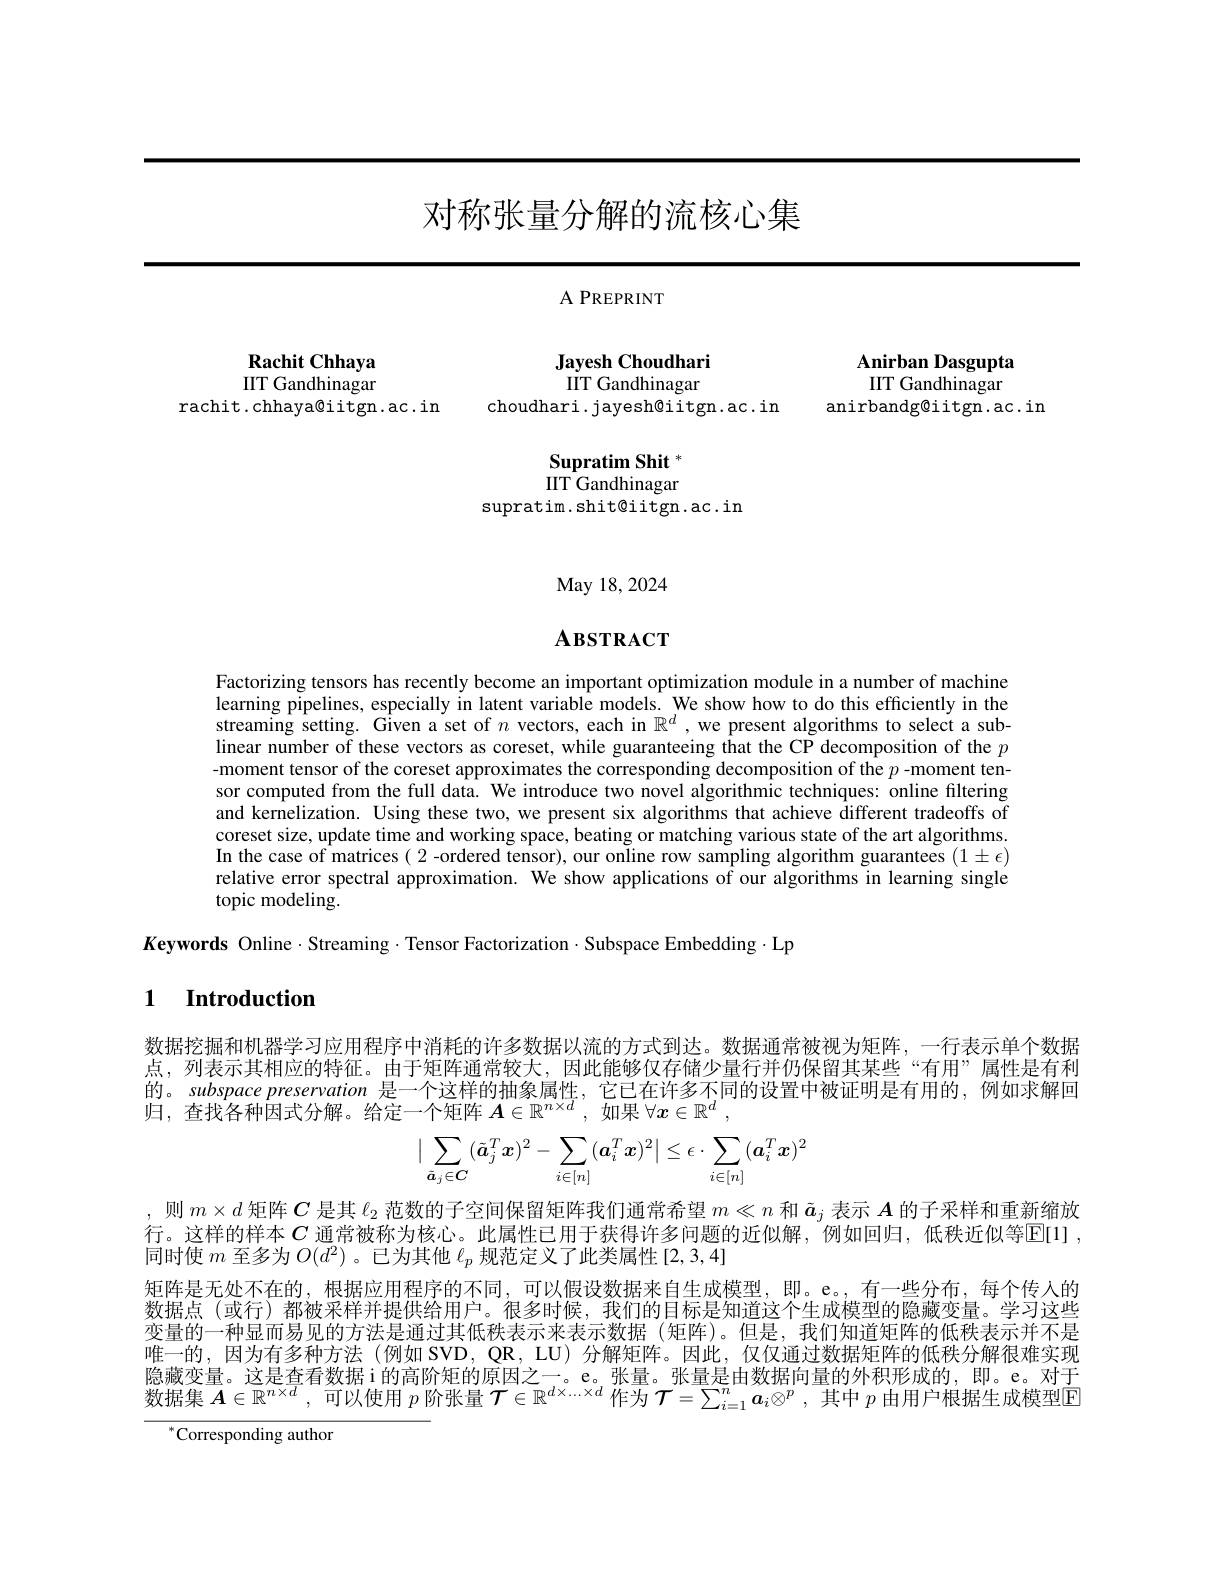
# 对称张量分解的流核心集

Rachit Chhaya IIT Gandhinagar
rachit.chhaya@iitgn.ac.in

A PREPRINT

Jayesh Choudhari IIT Gandhinagar

choudhari.jayesh@iitgn.ac.in

Supratim Shit * $IIT\dot{G}$andhinagar
supratim.shit@iitgn.ac.in

Anirban Dasgupta IIT Gandhinagar
anirbandg@iitgn.ac.in

May 18,2024

# $\mathbf{A}$взткаст

Factorizing tensors has recently become an important optimization module in a number of machine learning pipelines, especially in latent variable models. We show how to do this efficiently in the streaming setting. Given a set of $n$ vectors, each in $\mathbb{R}^d$ ,we present algorithms to select a sublinear number of these vectors as coreset, while guaranteeing that the CP decomposition of the $p$ -moment tensor of the coreset approximates the corresponding decomposition of the $p$ -moment tensor computed from the full data. We introduce two novel algorithmic techniques: online filtering and kernelization. Using these two, we present six algorithms that achieve different tradeoffs of coreset size, update time and working space, beating or matching various state of the art algorithms. In the case of matrices (2 -ordered tensor), our online row sampling algorithm guarantees $(1\pm\epsilon)$ relative error spectral approximation. We show applications of our algorithms in learning single topic modeling.
$K$eywords Online$\cdot$Streaming$\cdot$Tensor Factorization$\cdot$Subspace Embedding$\cdot$Lp

### 1 Introduction

数据挖掘和机器学习应用程序中消耗的许多数据以流的方式到达。数据通常被视为矩阵，一行表示单个数据点，列表示其相应的特征。由于矩阵通常较大，因此能够仅存储少量行并仍保留其某些“有用”属性是有利的。subspace preservation 是一个这样的抽象属性，它已在许多不同的设置中被证明是有用的，例如求解回归，查找各种因式分解。给定一个矩阵$\boldsymbol A\in\mathbb{R}^n\times d$,如果$\forall\boldsymbol x\in\mathbb{R}^d$,
$$\big|\sum_{\tilde{\boldsymbol{a}}_j\in\boldsymbol{C}}(\tilde{\boldsymbol{a}}_j^T\boldsymbol{x})^2-\sum_{i\in[n]}(\boldsymbol{a}_i^T\boldsymbol{x})^2\big|\leq\epsilon\cdot\sum_{i\in[n]}(\boldsymbol{a}_i^T\boldsymbol{x})^2$$
则$m\times d$矩阵$C$是其$\ell_2$范数的子空间保留矩阵我们通常希望$m\ll n$和$\tilde{a}_j$表示$A$的子采样和重新缩放行。这样的样本 $C$ 通常被称为核心。此属性已用于获得许多问题的近似解，例如回归，低秩近似等$\mathbb{E} [ 1]$ , 同时使$m$至多为$O(d^2)$ 。已为其他$\ell_p$规范定义了此类属性 [2,3,4]
矩阵是无处不在的，根据应用程序的不同，可以假设数据来自生成模型，即。e。,有一些分布，每个传入的数据点(或行)都被采样并提供给用户。很多时候，我们的目标是知道这个生成模型的隐藏变量。学习这些变量的一种显而易见的方法是通过其低秩表示来表示数据 (矩阵)。但是，我们知道矩阵的低秩表示并不是唯一的，因为有多种方法(例如 SVD, QR, LU) 分解矩阵。因此，仅仅通过数据矩阵的低秩分解很难实现隐藏变量。这是查看数据i的高阶矩的原因之一。e。张量。张量是由数据向量的外积形成的，即。e。对于数据集$\boldsymbol{A}\in\mathbb{R}^{n\times d}$,可以使用$p$阶张量$\boldsymbol{\mathcal{T}}\in\mathbb{R}^d\times...\times d$作为$\boldsymbol{\mathcal{T}}=\sum_i=1^n\boldsymbol{a}_i\otimes^p$,其中$p$由用户根据生成模型$\overline{\mathbb{E}}$
$^{*}$Corresponding author